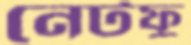
নেটফু